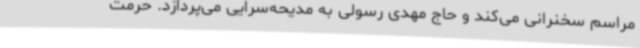
مراسم سخنرانی می‌کند و حاج مهدی رسولی به مدیحه‌سرایی می‌پردازد. حرمت